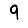
Digit: 9